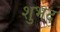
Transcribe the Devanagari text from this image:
शुभद